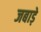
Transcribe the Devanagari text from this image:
जबाड़े